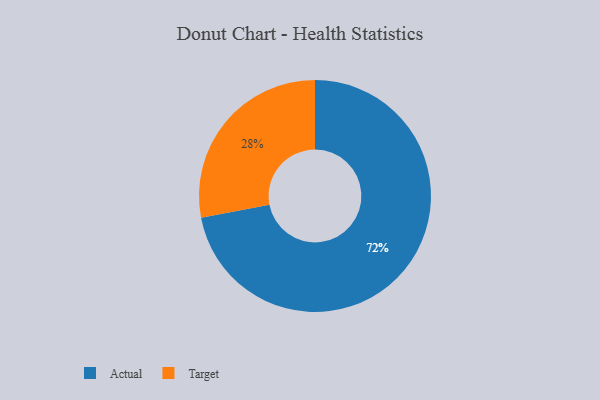
{"axis": {"x": "Category", "y": "Percentage"}, "legend": ["Actual", "Target"], "data": [{"x": "Target", "y": 28, "type": "Target"}, {"x": "Actual", "y": 72, "type": "Actual"}]}